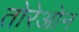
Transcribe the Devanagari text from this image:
तोरेओन